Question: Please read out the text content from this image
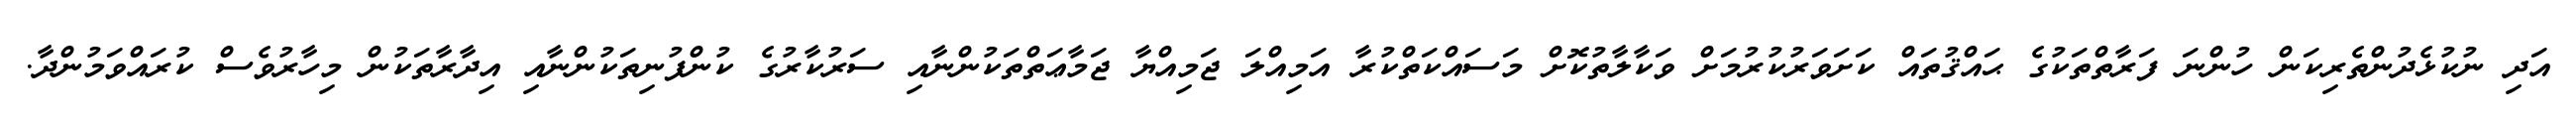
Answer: އަދި ނުކުޅެދުންތެރިކަން ހުންނަ ފަރާތްތަކުގެ ޙައްޤުތައް ކަށަވަރުކުރުމަށް ވަކާލާތުކޮށް މަސައްކަތްކުރާ އަމިއްލަ ޖަމިއްޔާ ޖަމާޢަތްތަކުންނާއި ސަރުކާރުގެ ކުންފުނިތަކުންނާއި އިދާރާތަކުން މިހާރުވެސް ކުރައްވަމުންދާ.